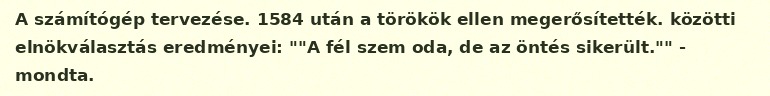
A számítógép tervezése. 1584 után a törökök ellen megerősítették. közötti elnökválasztás eredményei: ""A fél szem oda, de az öntés sikerült."" - mondta.